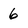
Character: 6